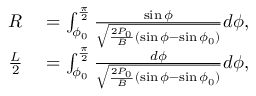
\begin{array} { r l } { R } & { { } = \int _ { \phi _ { 0 } } ^ { \frac { \pi } { 2 } } \frac { \sin \phi } { \sqrt { \frac { 2 P _ { 0 } } { B } ( \sin \phi - \sin \phi _ { 0 } ) } } d \phi , } \\ { \frac { L } { 2 } } & { { } = \int _ { \phi _ { 0 } } ^ { \frac { \pi } { 2 } } \frac { d \phi } { \sqrt { \frac { 2 P _ { 0 } } { B } ( \sin \phi - \sin \phi _ { 0 } ) } } d \phi , } \end{array}